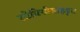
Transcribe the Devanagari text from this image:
स्टेवियोसाइड्स